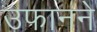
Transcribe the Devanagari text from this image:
उफानने